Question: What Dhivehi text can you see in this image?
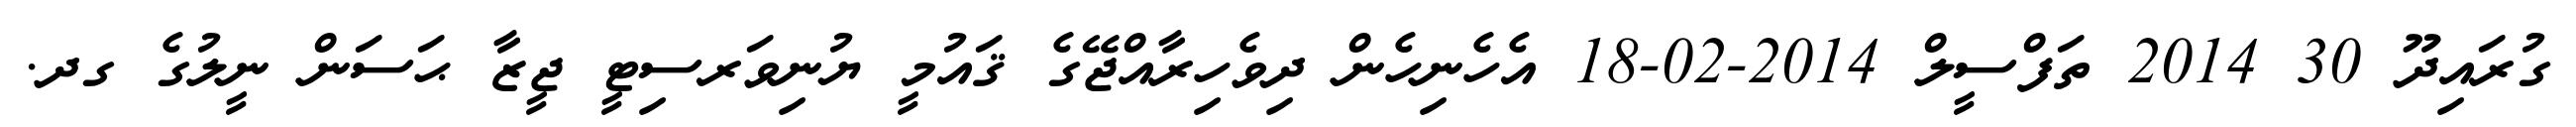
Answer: ގުރައިދޫ 30 2014 ތަފްސީލް 2014-02-18 އެހެނިހެން ދިވެހިރާއްޖޭގެ ޤައުމީ ޔުނިވަރސިޓީ ޖީޒާ ޙަސަން ނީލުގެ ގދ.